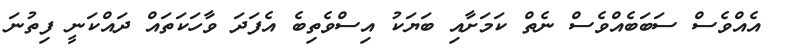
އެއްވެސް ސަބަބެއްވެސް ނެތް ކަމަށާއި ބަޔަކު އިސްވެތިބެ އެފަދަ ވާހަކަތައް ދައްކަނީ ފިތުނަ